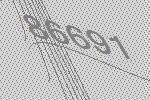
86691